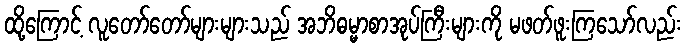
ထို့ကြောင့် လူတော်တော်များများသည် အဘိဓမ္မာစာအုပ်ကြီးများကို မဖတ်ဖူးကြသော်လည်း